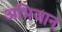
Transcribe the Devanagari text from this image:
अभिजान